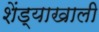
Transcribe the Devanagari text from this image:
शेंड्याखाली